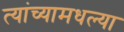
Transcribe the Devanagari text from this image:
त्यांच्यामधल्या